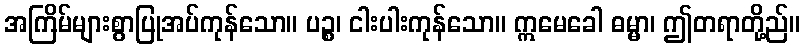
အကြိမ်များစွာပြုအပ်ကုန်သော။ ပဉ္စ၊ ငါးပါးကုန်သော။ ဣမေခေါ ဓမ္မာ၊ ဤတရာတို့ည်။